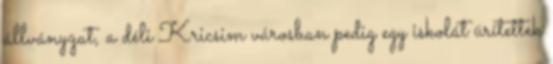
állványzat, a déli Kricsim városban pedig egy iskolát ürítettek